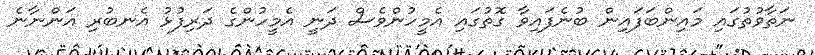
ނަތާވުތުގައި މައިންބަފައިން ބުނެފައިވާ ގޮތުގައި އެމީހުންވެސް ދަނީ އެމީހުންގެ ދަރިފުޅު އެނބުރި އަންނާނެ